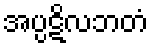
အပ္ပဋိလဘတံ